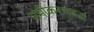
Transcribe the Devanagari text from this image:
समीकरणबद्ध